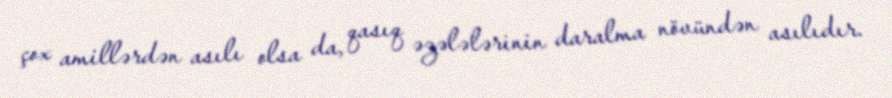
çox amillərdən asılı olsa da, qasıq əzələlərinin daralma növündən asılıdır.